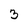
Character: 3